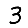
Digit: 3